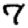
Digit: 7